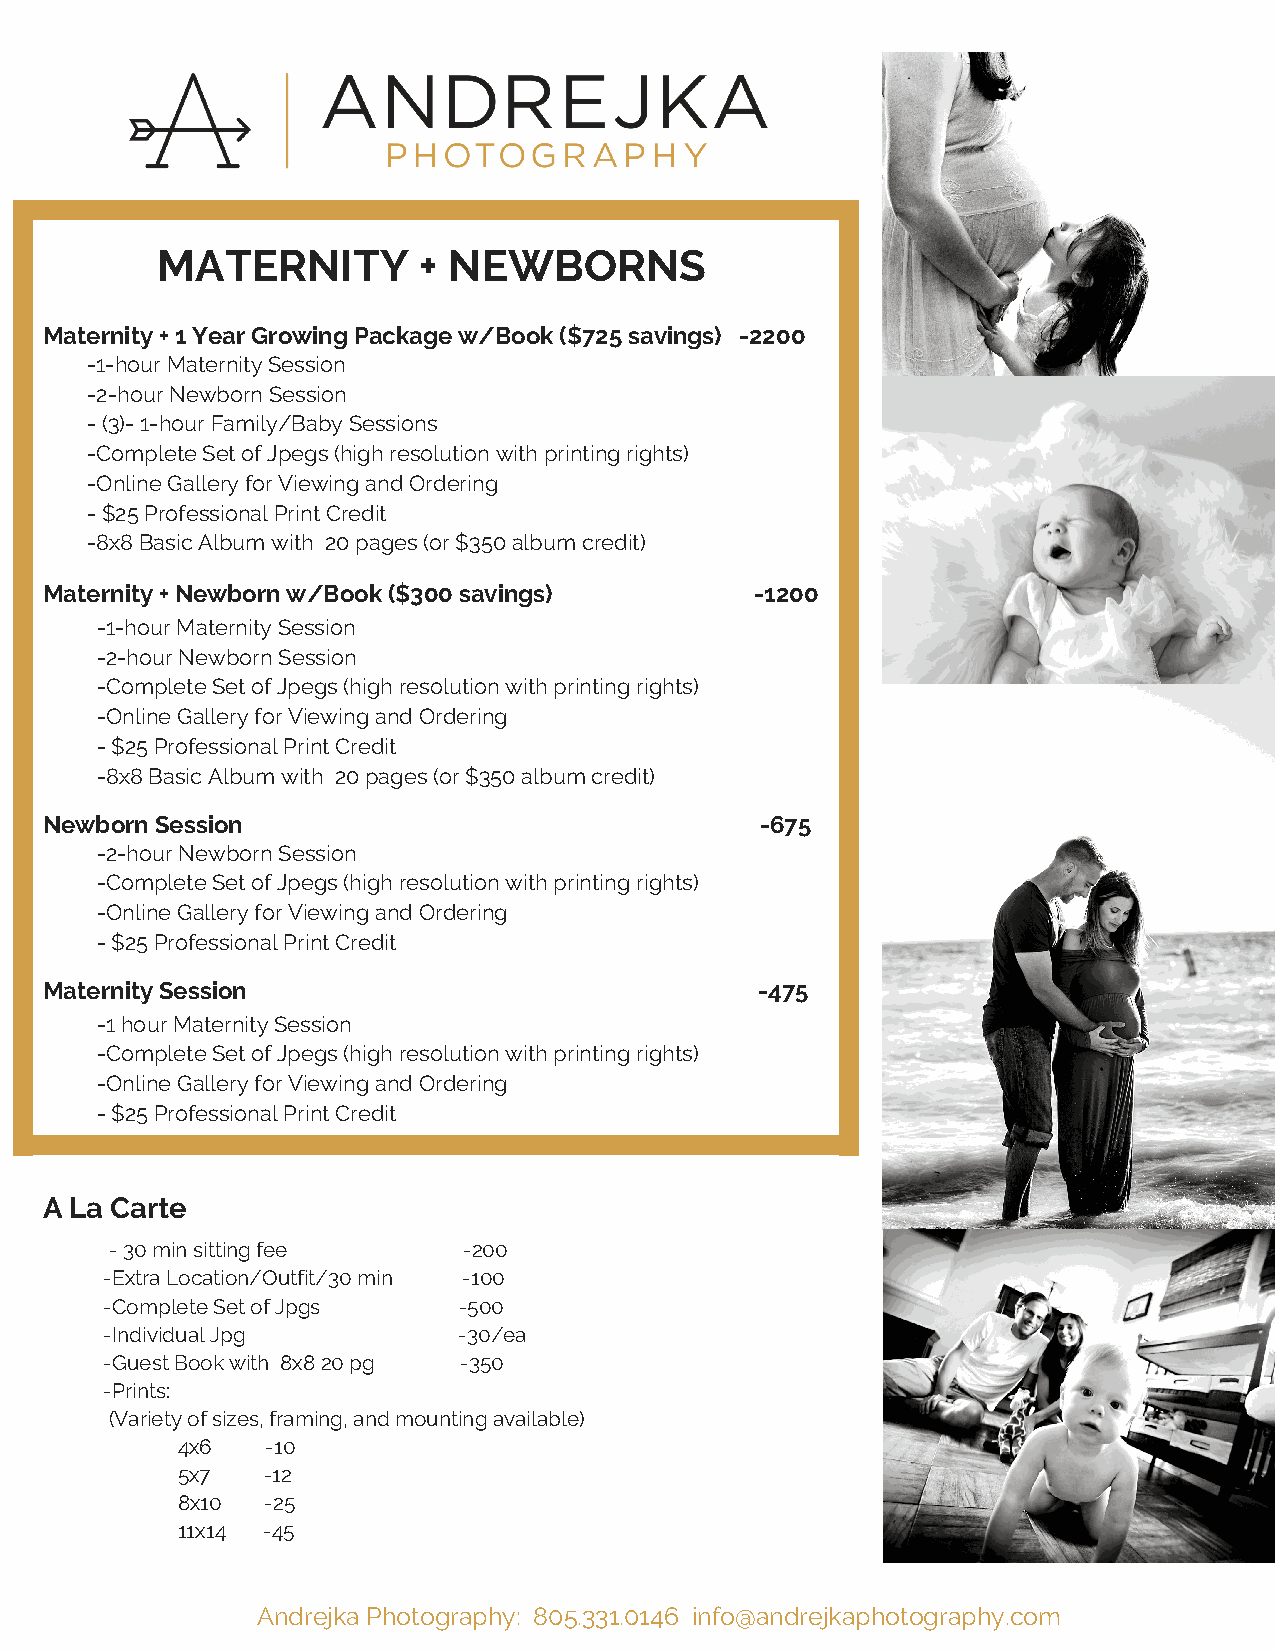
MATERNITY         + NEWBORNS
 Maternity + 1 Year Growing Package w/Book ($725 savings) -2200
 -1-hour Maternity Session
 -2-hour Newborn Session
 - (3)- 1-hour Family/Baby Sessions
 -Complete Set of Jpegs (high resolution with printing rights)
 -Online Gallery for Viewing and Ordering
 - $25 Professional Print Credit
 -8x8 Basic Album with 20 pages (or $350 album credit)
 Maternity + Newborn w/Book ($300 savings)      -1200
 -1-hour Maternity Session
 -2-hour Newborn Session
 -Complete Set of Jpegs (high resolution with printing rights)
 -Online Gallery for Viewing and Ordering
 - $25 Professional Print Credit
 -8x8 Basic Album with 20 pages (or $350 album credit)
 Newborn Session                                -675
 -2-hour Newborn Session
 -Complete Set of Jpegs (high resolution with printing rights)
 -Online Gallery for Viewing and Ordering
 - $25 Professional Print Credit
 Maternity Session                              -475
 -1 hour Maternity Session
 -Complete Set of Jpegs (high resolution with printing rights)
 -Online Gallery for Viewing and Ordering
 - $25 Professional Print Credit
 A La Carte
 - 30 min sitting fee    -200
 -Extra Location/Outfit/30 min -100
 -Complete Set of Jpgs  -500
 -Individual Jpg        -30/ea
 -Guest Book with 8x8 20 pg -350
 -Prints:
 (Variety of sizes, framing, and mounting available)
 4x6   -10
 5x7  -12
 8x10  -25
 11x14 -45
 Andrejka Photography: 805.331.0146 info@andrejkaphotography.com